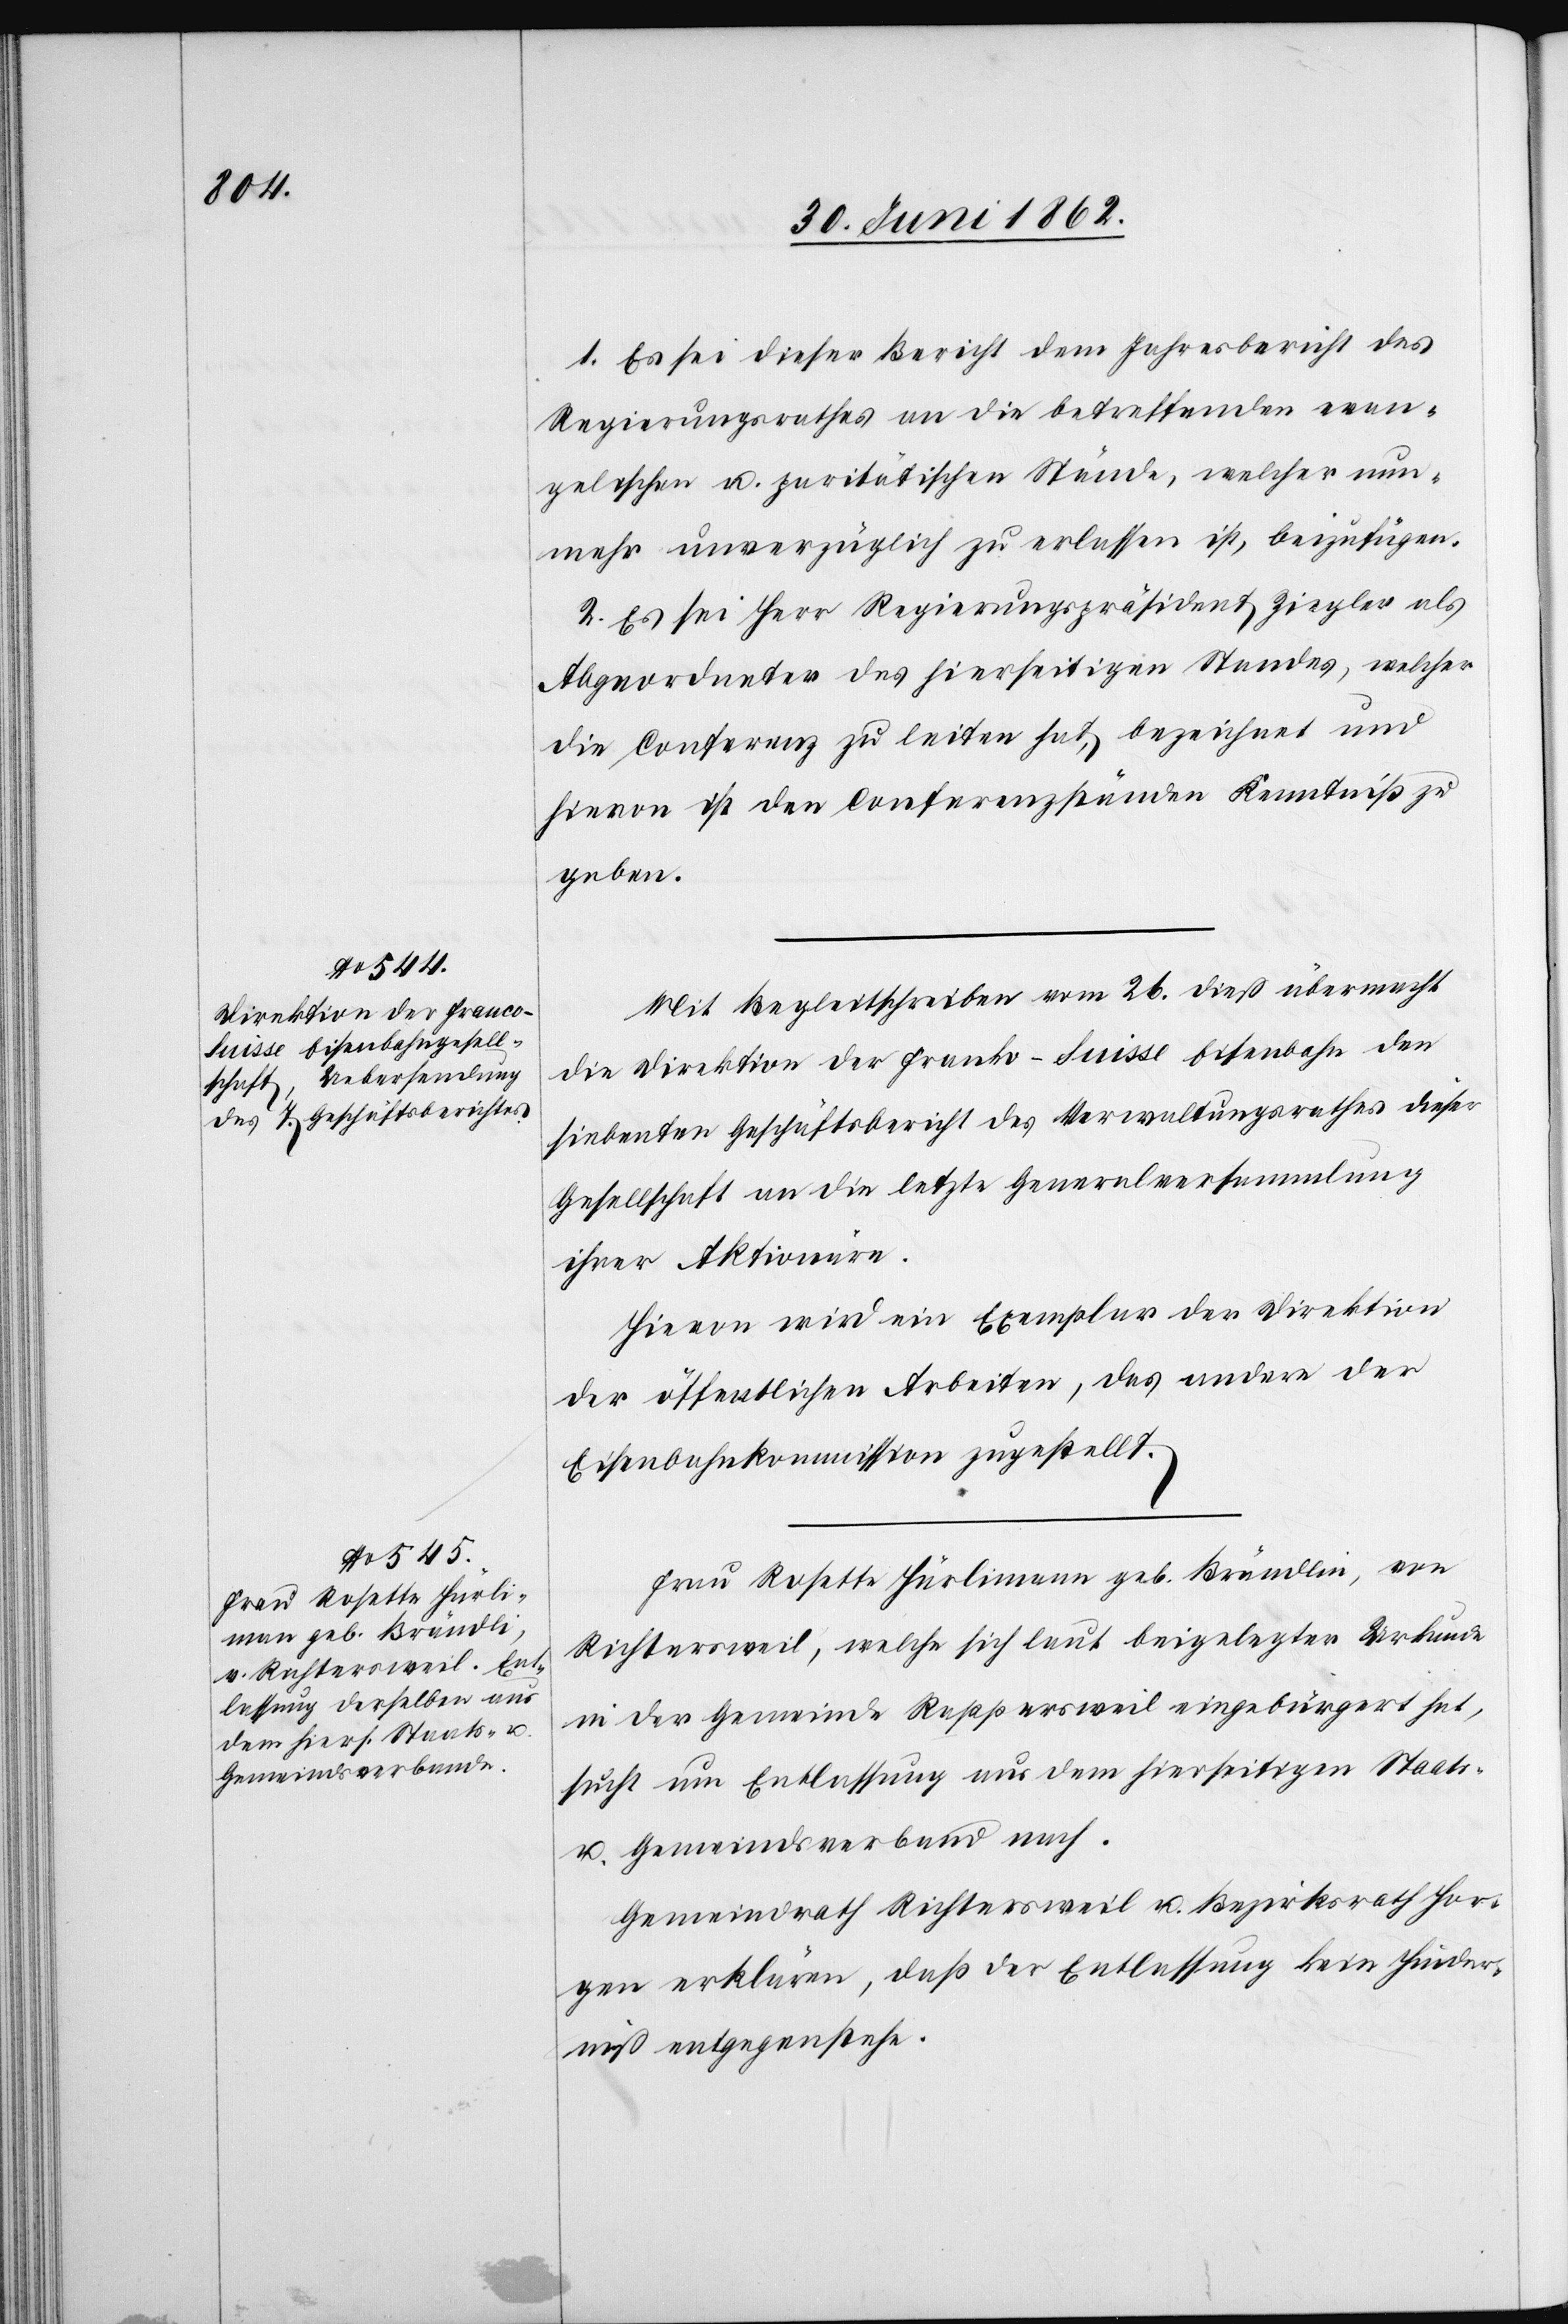
Frau Rosette Hürli¬
mann geb. Brändlin

1. Es sei dieser Bericht dem Jahresbericht des
Regierungsrathes an die betreffenden evan¬
gelischen u. paritätischen Stände, welcher nun¬
mehr unverzüglich zu erlassen ist, beizufügen.
2. Es sei Herr Regierungspräsident Ziegler als
Abgeordneter des hierseitigen Standes, welcher
die Conferenz zu leiten hat, bezeichnet und
hievon ist den Conferenzständen Kenntniß zu
geben.
Mit Begleitschreiben vom 26. dieß übermacht
die Direktion der Franko-Suisse Eisenbahn den
siebenten Geschäftsbericht des Verwaltungsrathes dieser
Gesellschaft an die letzte Generalversammlung
ihrer Aktionäre.
Hievon wird ein Exemplar der Direktion
der öffentlichen Arbeiten, das andere der
Eisenbahnkommission zugestellt.
Richtersweil, welche sich laut beigelegter Urkunde
in der Gemeinde Rappersweil eingebürgert hat,
sucht um Entlassung aus dem hierseitigen Staats-
u. Gemeindsverband nach.
Gemeindrath Richtersweil u. Bezirksrath Hor¬
gen erklären, daß der Entlassung kein Hinder¬
niß entgegenstehe.